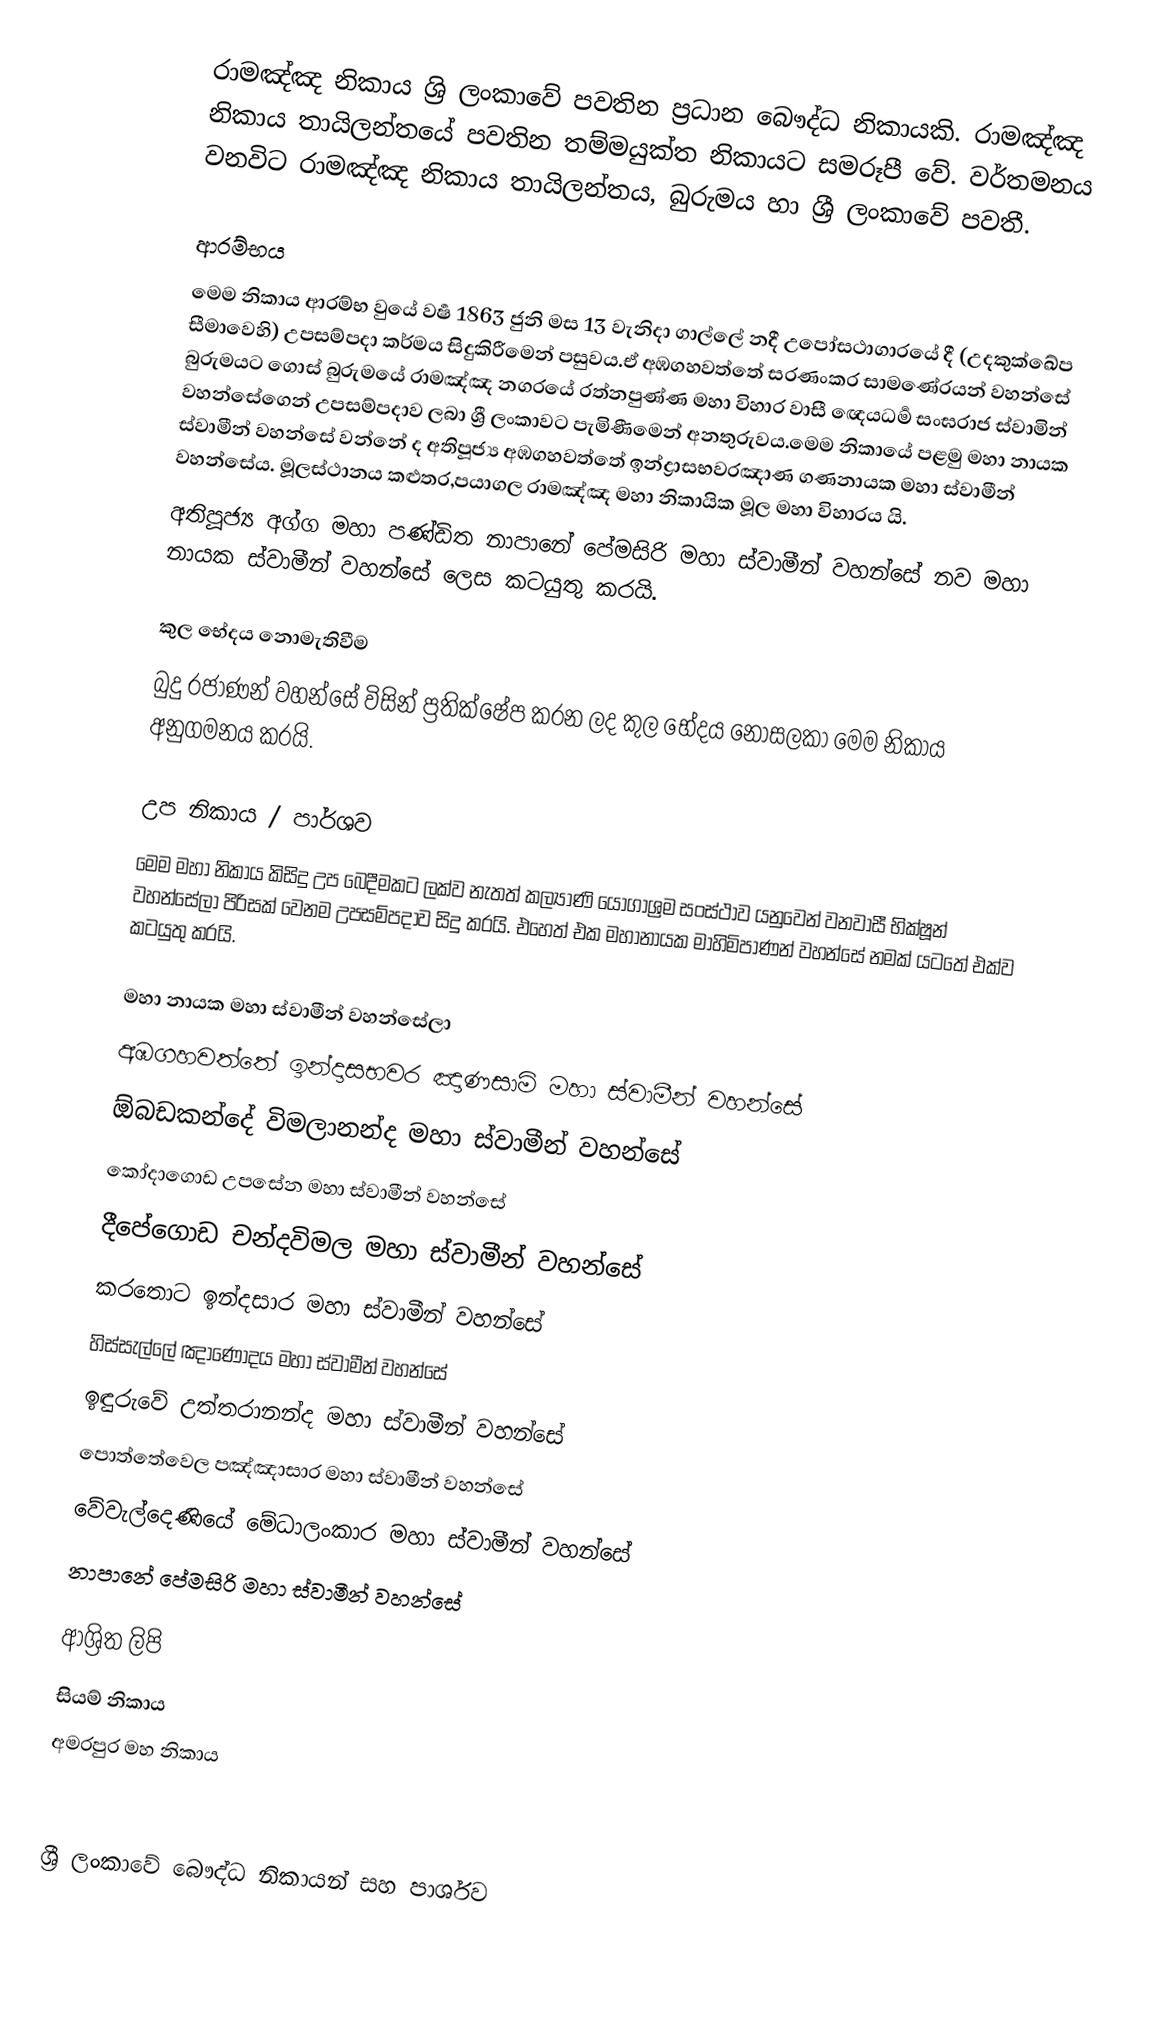
රාමඤ්ඤ නිකාය ශ්‍රි ලංකාවේ පවතින ප්‍රධාන බෞද්ධ නිකායකි. රාමඤ්ඤ නිකාය තායිලන්තයේ පවතින තම්මයුක්ත නිකායට සමරූපී වේ. වර්තමනය වනවිට රාමඤ්ඤ නිකාය තායිලන්තය, බුරුමය හා ශ්‍රී ලංකාවේ පවතී.

ආරම්භය
මෙම නිකාය ආරම්භ වුයේ වර්‍ෂ 1863 ජුනි මස 13 වැනිදා ගාල්ලේ නදී උපෝසථාගාරයේ දී (උදකුක්ඛේප සීමාවෙහි) උපසම්පදා කර්මය සිදුකිරීමෙන් පසුවය.ඒ අඹගහවත්තේ සරණංකර සාමණේරයන් වහන්සේ බුරුමයට ගොස් බුරුමයේ රාමඤ්ඤ නගරයේ රත්නපුණ්ණ  මහා විහාර වාසී ඥෙයධර්‍ම සංඝරාජ ස්වාමින් වහන්සේගෙන් උපසම්පදාව ලබා ශ්‍රී ලංකාවට පැමිණීමෙන් අනතුරුවය.මෙම නිකායේ පළමු මහා නායක ස්වාමීන් වහන්සේ වන්නේ ද අතිපූජ්‍ය අඹගහවත්තේ ඉන්ද්‍රාසභවරඤාණ ගණනායක මහා ස්වාමීන් වහන්සේය. මූලස්ථානය කළුතර,පයාගල රාමඤ්ඤ මහා නිකායික මූල මහා විහාරය යි.
අතිපූජ්‍ය අග්ග මහා පණ්ඩිත නාපානේ පේමසිරි මහා ස්වාමීන් වහන්සේ නව මහා නායක ස්වාමීන් වහන්සේ ලෙස කටයුතු කරයි.

කුල භේදය නොමැතිවීම
බුදු රජාණන් වහන්සේ විසින් ප්‍රතික්ෂේප කරන ලද කුල භේදය නොසලකා මෙම නිකාය අනුගමනය කරයි.

උප නිකාය / පාර්ශව
මෙම මහා නිකාය කිසිදු උප බෙදීමකට ලක්ව නැතත් කල්‍යාණි යෝගාශ්‍රම සංස්ථාව යනුවෙන් වනවාසී භික්ෂූන් වහන්සේලා පිරිසක් වෙනම උපසම්පදාව සිදු කරයි. එහෙත් එක මහානායක මාහිමිපාණන් වහන්සේ නමක් යටතේ එක්ව කටයුතු කරයි.

මහා නායක මහා ස්වාමීන් වහන්සේලා
 අඹගහවත්තේ ඉන්දාසභවර ඤාණසාමි මහා ස්වාමීන් වහන්සේ
 ඕබඩකන්දේ විමලානන්ද මහා ස්වාමීන් වහන්සේ
 කෝදාගොඩ උපසේන මහා ස්වාමීන් වහන්සේ
 දීපේගොඩ චන්දවිමල මහා ස්වාමීන් වහන්සේ
 කරතොට ඉන්දසාර මහා ස්වාමීන් වහන්සේ
 හිස්සැල්ලේ ඤාණෝදය මහා ස්වාමීන් වහන්සේ
 ඉඳුරුවේ උත්තරානන්ද මහා ස්වාමීන් වහන්සේ
 පොත්තේවෙල පඤ්ඤාසාර මහා ස්වාමීන් වහන්සේ
 වේවැල්දෙණියේ මේධාලංකාර මහා ස්වාමීන් වහන්සේ
 නාපානේ පේමසිරි මහා ස්වාමීන් වහන්සේ

ආශ්‍රිත ලිපි
 සියම් නිකාය
 අමරපුර මහ නිකාය

ශ්‍රී ලංකාවේ බෞද්ධ නිකායන් සහ පාර්ශව